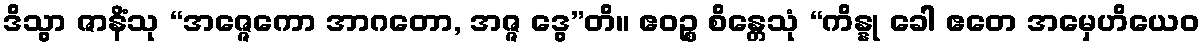
ဒိသွာ ဇာနိံသု “အဇ္ဇေကော အာဂတော, အဇ္ဇ ဒွေ”တိ။ ဧဝဉ္စ စိန္တေသုံ “ကိန္နု ခေါ ဧတေ အမှေဟိယေဝ